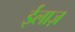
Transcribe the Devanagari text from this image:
ईलाज़